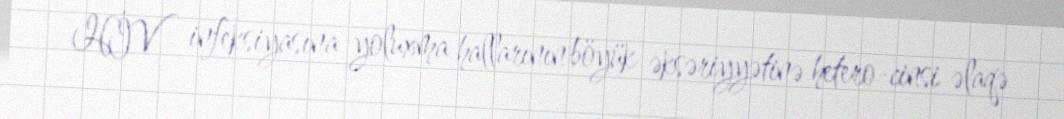
HİV infeksiyasına yoluxma hallarının böyük əksəriyyətinə hetero-cinsi əlaqə